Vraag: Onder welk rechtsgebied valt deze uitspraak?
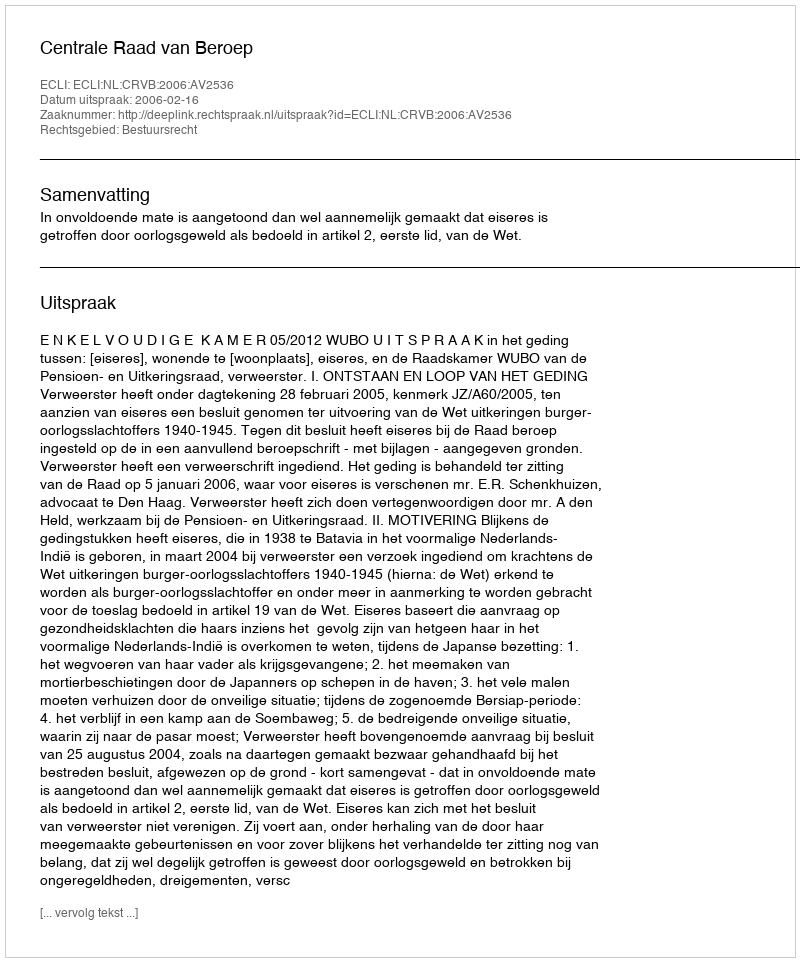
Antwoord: Bestuursrecht